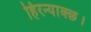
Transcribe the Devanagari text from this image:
हिरन्याक्छ।